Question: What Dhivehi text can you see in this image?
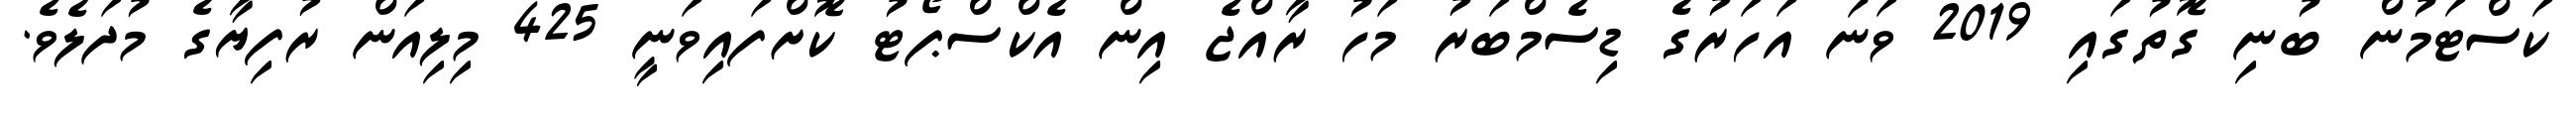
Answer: ކަސްޓަމުން ބުނި ގޮތުގައި 2019 ވަނަ އަހަރުގެ ޑިސެމްބަރު މަހު ރާއްޖެ އިން އެކްސްޕޯޓު ކޮށްފައިވަނީ 425 މިލިއަން ރުފިޔާގެ މުދަލެވެ.